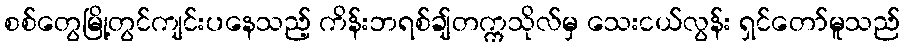
စစ်တွေမြို့တွင်ကျင်းပနေသည့် ကိန်းဘရစ်ချ်တက္ကသိုလ်မှ သေးငယ်လွန်း ရှင်တော်မူသည်